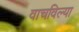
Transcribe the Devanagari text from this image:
वाचविल्या